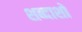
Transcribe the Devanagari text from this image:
शब्दाशों